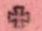
+